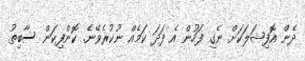
ދެން އޮފިޝަލަކަށް ނެގި ފަހުން އެ ފަދަ ކަމެއް ނުކުރެވޭނެ. ކޮންފިކަން ސާބިތު